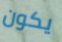
يكون